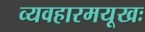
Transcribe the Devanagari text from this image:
व्यवहारमयूखः